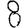
Digit: 8